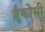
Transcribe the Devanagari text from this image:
हकोमी